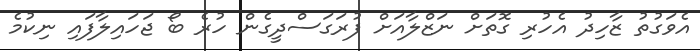
އެވަގުތު ޒާހިދު އެހުރި ގޮތަށް ނަޒްލާއަށް ފުރަގަސްދީގެން ހުރެ ބޯ ޖަހައިލާފައި ނިކުމެ